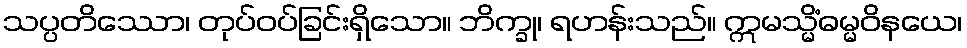
သပ္ပတိဿော၊ တုပ်ဝပ်ခြင်းရှိသော။ ဘိက္ခု၊ ရဟန်းသည်။ ဣမသ္မိံဓမ္မဝိနယေ၊